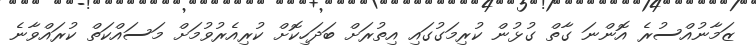
ޒަމާނުއްސުރެ އޮންނަ ގާތް ގުޅުން ކުރިމަގުގައި އިތުރަށް ބަދަހިކޮށް ކުރިއެރުވުމަށް މަސައްކަތް ކުރައްވާނެ